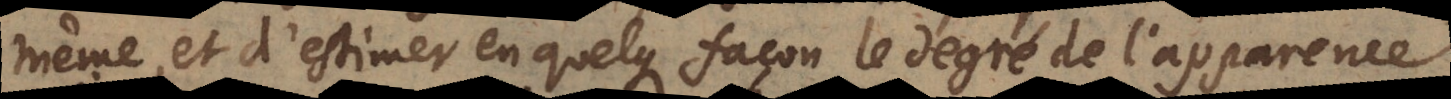
même, et d’estimer en quelque façon le degré de l’apparence.